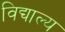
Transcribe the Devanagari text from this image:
विद्याल्य